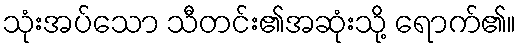
သုံးအပ်သော သီတင်း၏အဆုံးသို့ ရောက်၏။